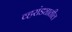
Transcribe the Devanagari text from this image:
व्हरांड्यातील